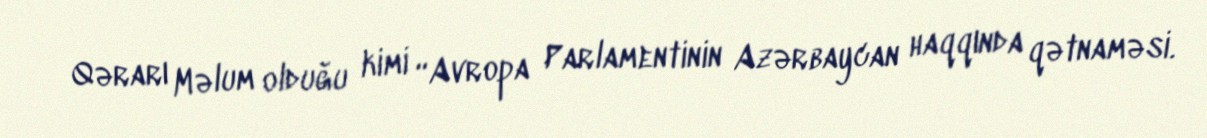
Qərarı Məlum olduğu kimi “Avropa Parlamentinin Azərbaycan haqqında qətnaməsi.